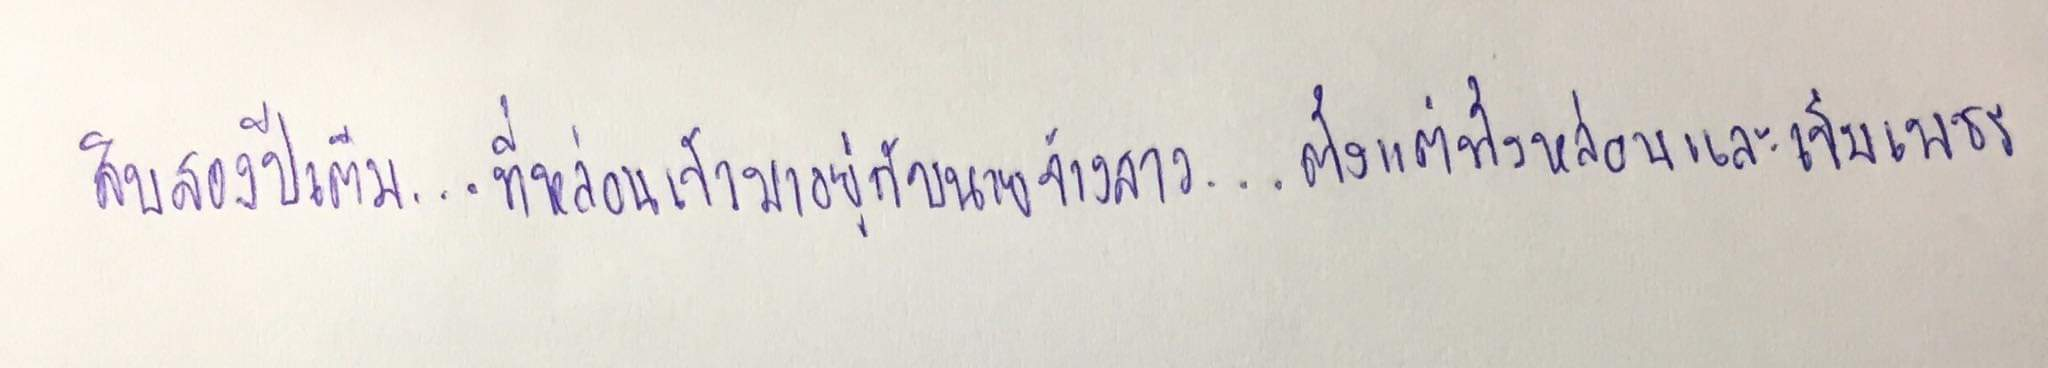
สิบสองปีเต็ม...ที่หล่อนเข้ามาอยู่กับนายจ้างสาว...ตั้งแต่ทั้งหล่อนและเข็มเพชร